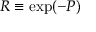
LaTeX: R \equiv \exp ( - P )